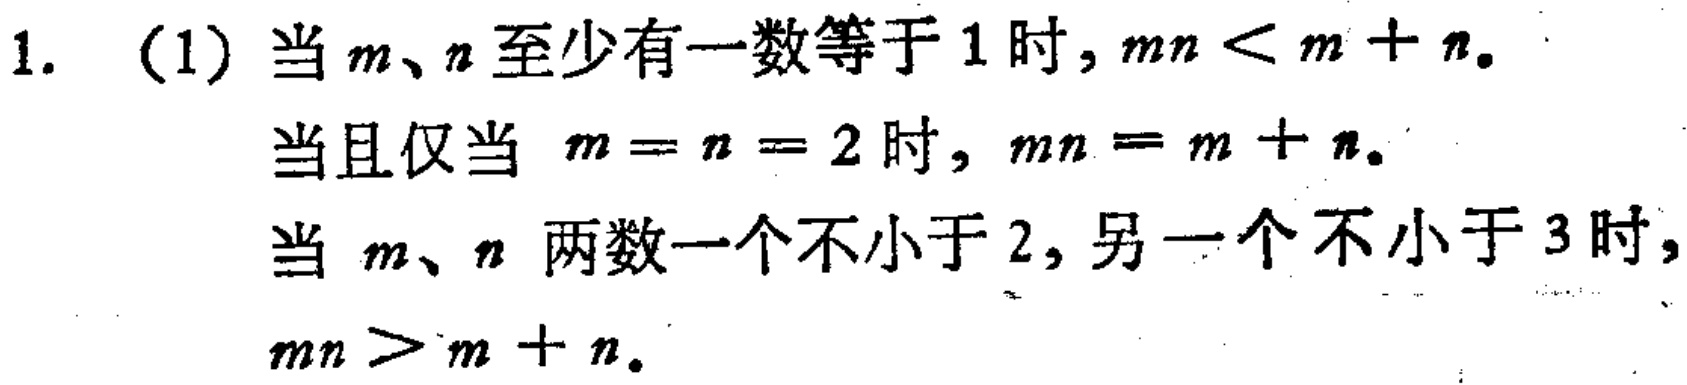
1. (1) 当\(m\)、\(n\)至少有一数等于\(1\)时，\(mn < m + n\)。

当且仅当 \(m = n = 2\)时，\(mn = m + n\)。

当 \(m\)、\(n\) 两数一个不小于\(2\)，另一个不小于\(3\)时，

\(mn > m + n\)。